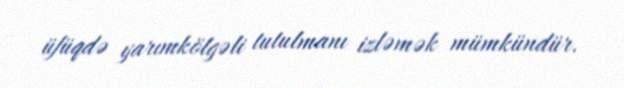
üfüqdə yarımkölgəli tutulmanı izləmək mümkündür.